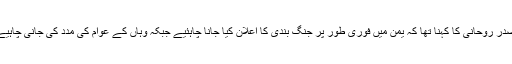
صدر روحانی کا کہنا تھا کہ یمن میں فوری طور پر جنگ بندی کا اعلان کیا جانا چاہئیے جبکہ وہاں کے عوام کی مدد کی جانی چاہیے۔